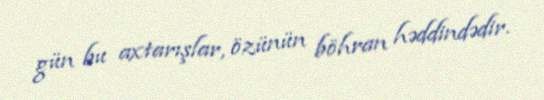
gün bu axtarışlar, özünün böhran həddindədir.